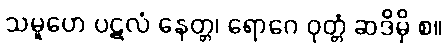
သမူဟေ ပဋလံ နေတ္တ၊ ရောဂေ ဝုတ္တံ ဆဒိမှိ စ။